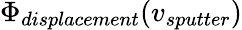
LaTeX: \Phi_{displacement}(v_{sputter})